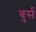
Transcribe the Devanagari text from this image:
बुर्स